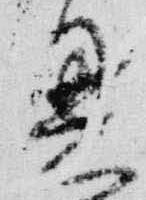
恩